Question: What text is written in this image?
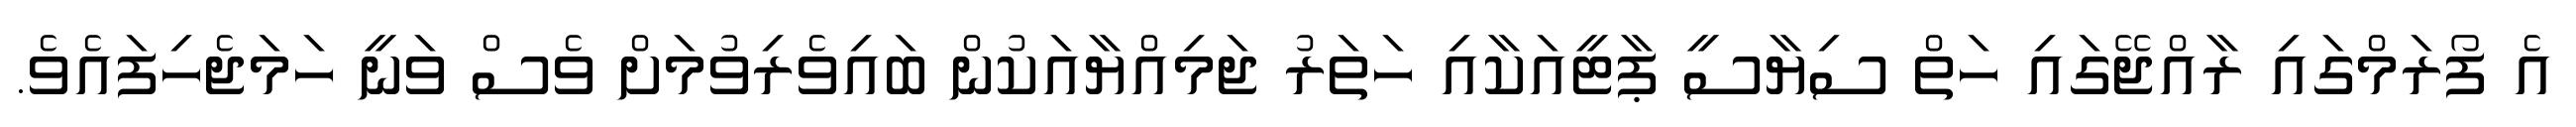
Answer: އެ ފޯރަމްގައި ރާއްޖޭގައި ހަތް ސިޔާސީ ޕާޓީއަކާއި ހަތަރު ޖަމިއްޔާއަކުން ބައިވެރިވުމަށް ވެސް ވަނީ ހަމަޖެހިފައެވެ.